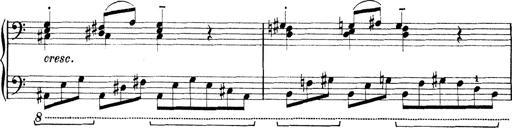
Title: Rapsodie: 19 ungheresi, 1 spagnuola
Composer: Franz Liszt